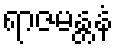
ရာဇမန္တနံ